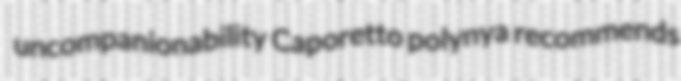
uncompanionability Caporetto polynya recommends